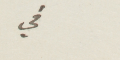
في